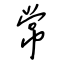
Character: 常